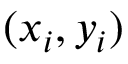
( x _ { i } , y _ { i } )